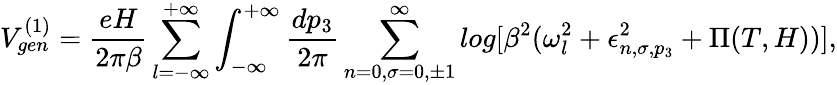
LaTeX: V_{gen}^{(1)}=\frac{eH}{2\pi\beta}\sum_{l=-\infty}^{+\infty}\int_{-\infty}^{+\infty}\frac{dp_{3}}{2\pi}\sum_{n=0,\sigma=0,\pm 1}^{\infty}log[\beta^{2}(\omega_{l}^{2}+\epsilon_{n,\sigma,p_{3}}^{2}+\Pi(T,H))],